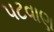
પટવાણ